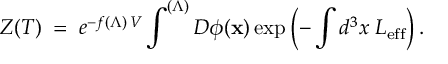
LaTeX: { \cal Z } ( T ) \; = \; e ^ { - f ( \Lambda ) \, V } \int ^ { ( \Lambda ) } { \cal D } \phi ( { \bf x } ) \exp \left( - \int d ^ { 3 } x \; { \cal L } _ { \mathrm { e f f } } \right) .